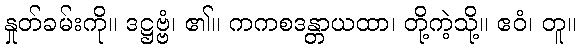
နှုတ်ခမ်းကို။ ဒဋ္ဌဗ္ဗံ၊ ၏။ ကကစဒန္တာယထာ၊ တို့ကဲ့သို့။ ဧဝံ၊ တူ။